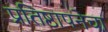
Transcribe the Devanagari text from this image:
प्रतिष्ठापनेचा